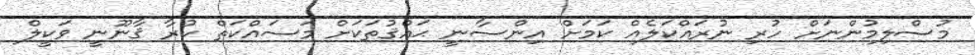
މުސްލިމުންނަށް ހުރި ނުރައްކަލެއް ކަމަށް އިންސާނީ ޙައްޤުތަކަށް މަސައްކަތް ކުރާ ޤާނޫނީ ވަކީލް